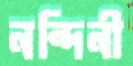
নন্দিনী